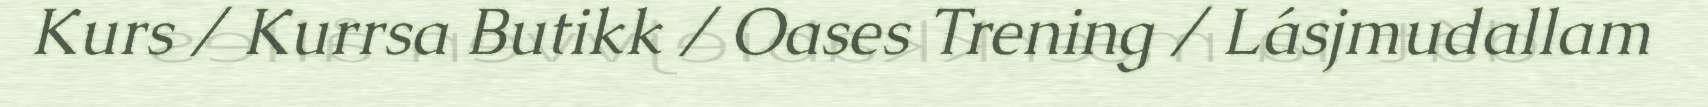
Kurs / Kurrsa Butikk / Oases Trening / Lásjmudallam